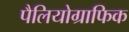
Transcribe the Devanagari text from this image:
पैलियोग्राफिक